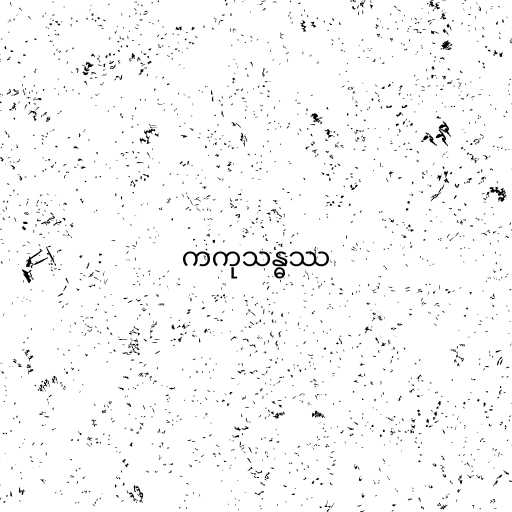
ကကုသန္ဓဿ